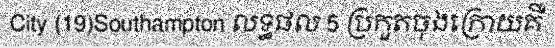
City (19)Southampton លទ្ធផល 5 ប្រកួតចុងក្រោយគឺ